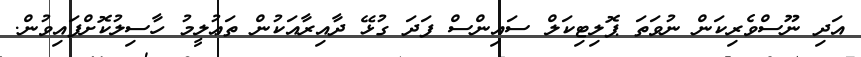
އަދި ނޫސްވެރިކަން ނުވަތަ ޕޮލިޓިކަލް ސައިންސް ފަދަ ގުޅޭ ދާއިރާއަކުން ތަޢުލީމު ހާސިލުކޮށްފައިވުން.